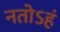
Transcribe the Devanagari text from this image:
नतोऽहं